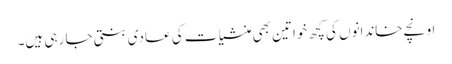
اونچے خاندانوں کی کچھ خواتین بھی منشیا ت کی عادی بنتی جا رہی ہیں۔